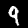
Digit: 9